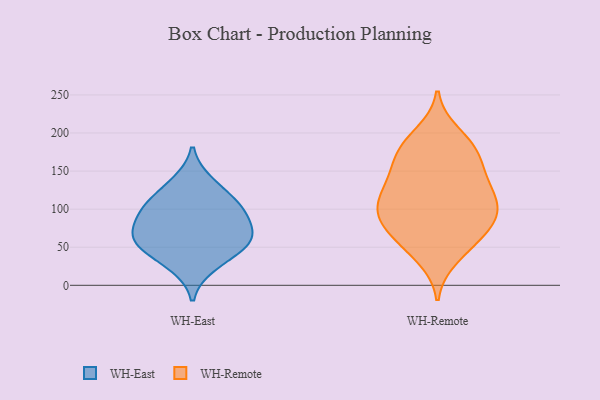
{"axis": {"x": "Revenue (USD Million)", "y": "Value"}, "legend": ["WH-East", "WH-Remote"], "data": [{"x": "", "y": 79, "type": "WH-East"}, {"x": "", "y": 60, "type": "WH-East"}, {"x": "", "y": 49, "type": "WH-East"}, {"x": "", "y": 136, "type": "WH-East"}, {"x": "", "y": 112, "type": "WH-East"}, {"x": "", "y": 69, "type": "WH-East"}, {"x": "", "y": 100, "type": "WH-East"}, {"x": "", "y": 53, "type": "WH-East"}, {"x": "", "y": 99, "type": "WH-East"}, {"x": "", "y": 25, "type": "WH-East"}, {"x": "", "y": 78, "type": "WH-Remote"}, {"x": "", "y": 184, "type": "WH-Remote"}, {"x": "", "y": 99, "type": "WH-Remote"}, {"x": "", "y": 59, "type": "WH-Remote"}, {"x": "", "y": 140, "type": "WH-Remote"}, {"x": "", "y": 102, "type": "WH-Remote"}, {"x": "", "y": 147, "type": "WH-Remote"}, {"x": "", "y": 199, "type": "WH-Remote"}, {"x": "", "y": 135, "type": "WH-Remote"}, {"x": "", "y": 182, "type": "WH-Remote"}, {"x": "", "y": 36, "type": "WH-Remote"}, {"x": "", "y": 108, "type": "WH-Remote"}, {"x": "", "y": 109, "type": "WH-Remote"}, {"x": "", "y": 78, "type": "WH-Remote"}, {"x": "", "y": 166, "type": "WH-Remote"}, {"x": "", "y": 50, "type": "WH-Remote"}, {"x": "", "y": 76, "type": "WH-Remote"}, {"x": "", "y": 124, "type": "WH-Remote"}, {"x": "", "y": 173, "type": "WH-Remote"}, {"x": "", "y": 96, "type": "WH-Remote"}]}